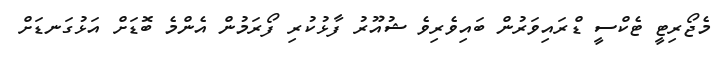
މެޖޯރިޓީ ޓެކްސީ ޑްރައިވަރުން ބައިވެރިވެ ޝުއޫރު ފާޅުކުރި ފޯރަމުން އެންމެ ބޮޑަށް އަޅުގަނޑަށް